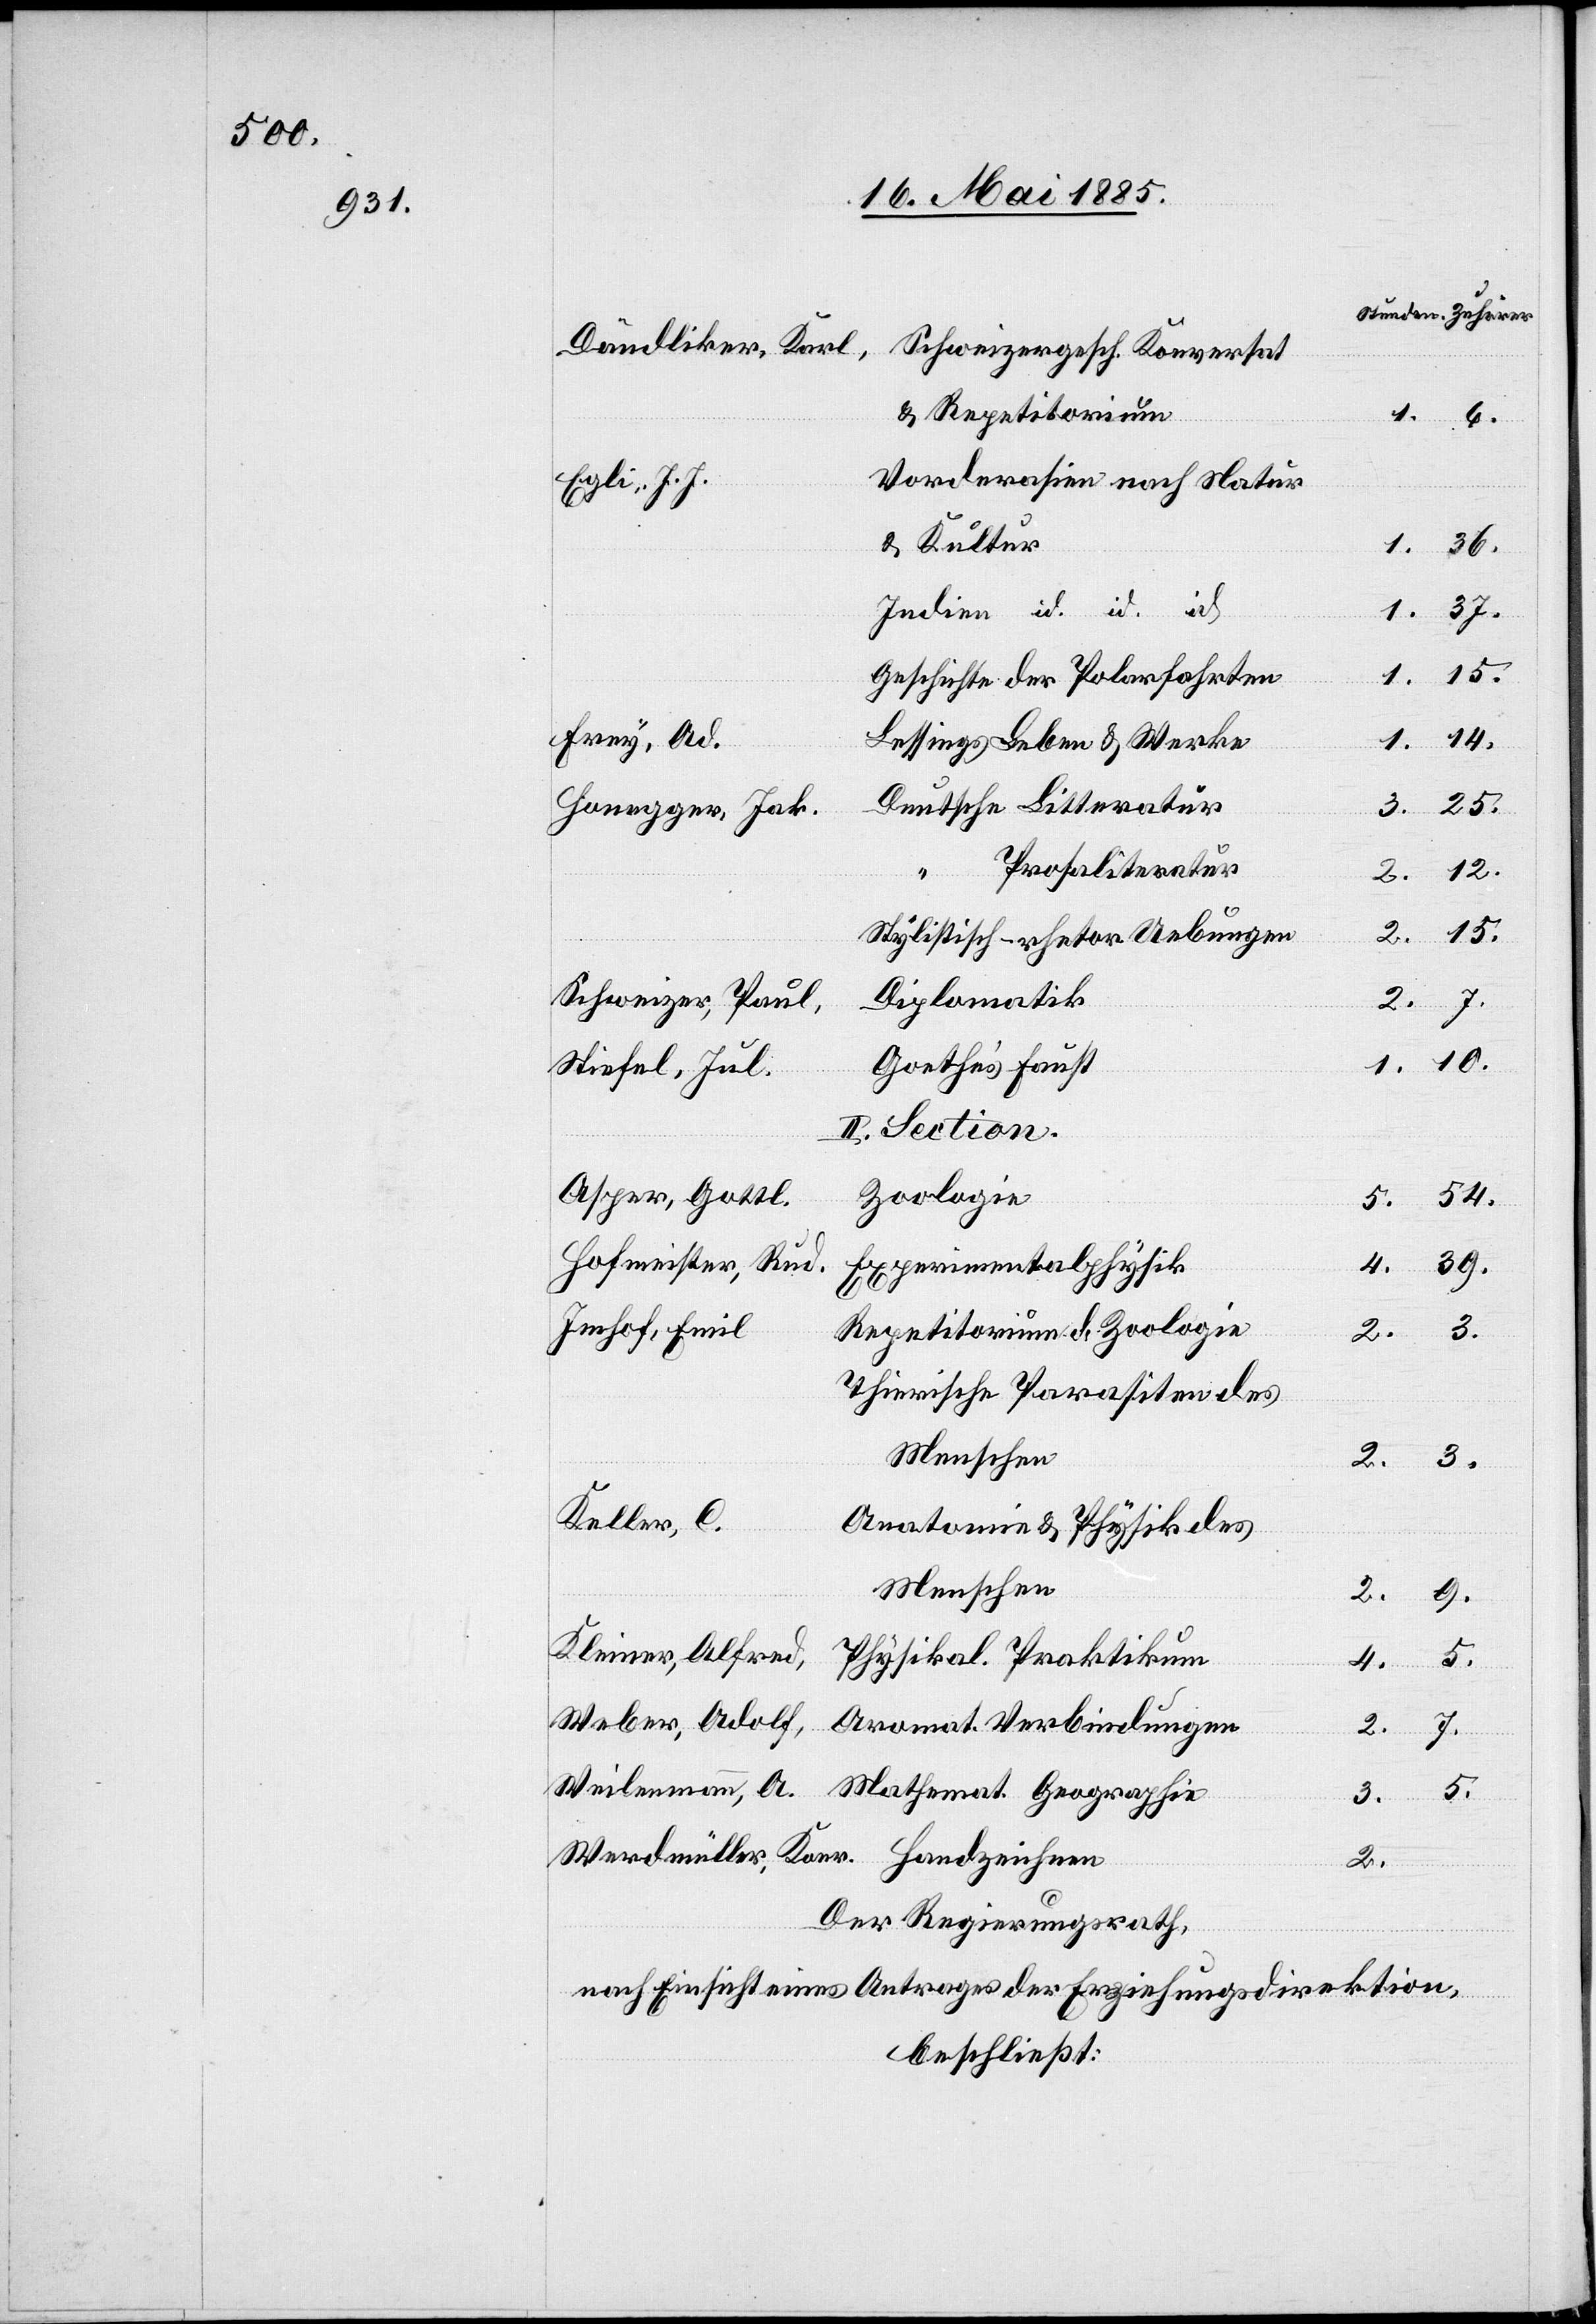
Dändliker, Karl
Schweizergesch. Konversat.
& Repetitorium
Vorderasien nach Natur
Egli, J. J.
& Kultur
Indien id. id. id.
37.
1.
Geschichte der Polarfahrten
Frey, Ad.
Lessings Leben & Werke
Honegger, Jak.
Prosaliteratur
10.
Stylistisch-rhetor. Uebungen
Schweizer, Paul,
Diplomatik
Stiefel, Jul.
Goethe’s Faust
II. Section.
Asper, Gottl.
Zoologie
Hofmeister, Rud.
Experimentalphysik
Imhof, Emil
Repetitorium d. Zoologie
Thierische Parasiten des
Menschen
3.
2.
Keller, C.
Anatomie & Physik des
Menschen
3.
9.
Kleiner, Alfred
5.
Physikal. Praktikum
4.
“
Weber, Adolf
Aromat. Verbindungen
Weilemann, A.
Mathemat. Geographie
5.
2.
Der Regierungsrath,
nach Einsicht eines Antrages der Erziehungsdirektion,
beschließt: